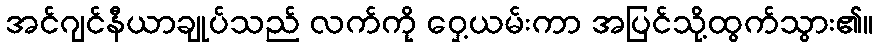
အင်ဂျင်နီယာချုပ်သည် လက်ကို ဝှေ့ယမ်းကာ အပြင်သို့ထွက်သွား၏။